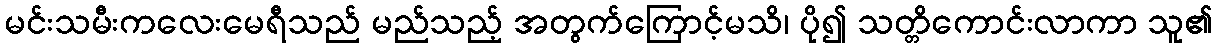
မင်းသမီးကလေးမေရီသည် မည်သည့် အတွက်ကြောင့်မသိ၊ ပို၍ သတ္တိကောင်းလာကာ သူ၏